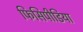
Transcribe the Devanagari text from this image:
फिसिपीडिया